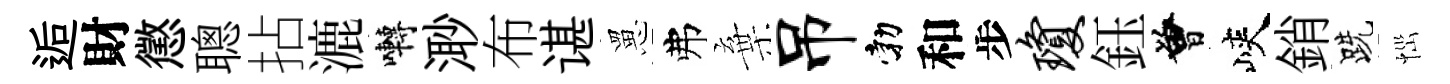
逅財懲聰拈漉囀𣺌布谌罳弗棄吊勃和步琼鈺曾峽銷跣𢙉